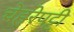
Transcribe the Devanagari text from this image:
चेहरेपट्टी